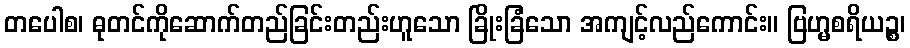
တပေါစ၊ ဓုတင်ကိုဆောက်တည်ခြင်းတည်းဟူသော ခြိုးခြံသော အကျင့်လည်ကောင်း။ ဗြဟ္မစရိယဉ္စ၊